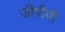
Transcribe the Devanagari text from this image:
जीपीपी